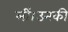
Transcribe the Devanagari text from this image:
लीं।उनकी